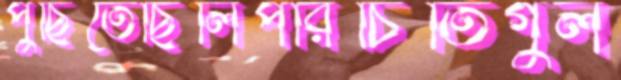
পুঁছিতেছিলিপরিচিতিগুল